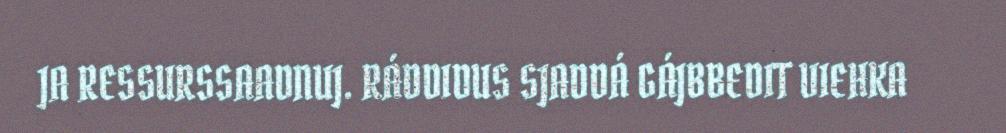
JA RESSURSSAADNUJ. RÁDDIDUS SJADDÁ GÁJBBEDIT VIEHKA